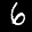
Label: 6